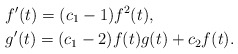
\begin{align*}& f^{\prime}(t)=(c_{1}-1)f^{2}(t),\\& g^{\prime}(t)=(c_{1}-2)f(t)g(t)+c_{2}f(t).\end{align*}